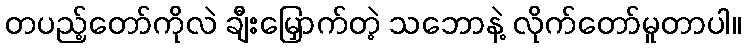
တပည့်တော်ကိုလဲ ချီးမြှောက်တဲ့ သဘောနဲ့ လိုက်တော်မူတာပါ။